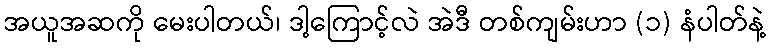
အယူအဆကို မေးပါတယ်၊ ဒါ့ကြောင့်လဲ အဲဒီ တစ်ကျမ်းဟာ (၁) နံပါတ်နဲ့